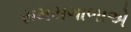
સમયગાળાએ